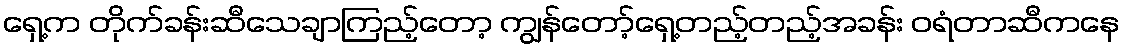
ရှေ့က တိုက်ခန်းဆီသေချာကြည့်တော့ ကျွန်တော့်ရှေ့တည့်တည့်အခန်း ဝရံတာဆီကနေ